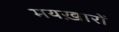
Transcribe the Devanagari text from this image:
मयख़ारों